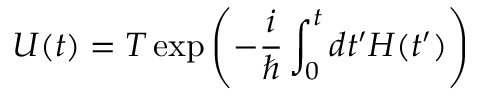
U ( t ) = { \cal T } \exp { \left( - \frac { i } { \hbar } \int _ { 0 } ^ { t } d t ^ { \prime } H ( t ^ { \prime } ) \right) }